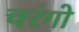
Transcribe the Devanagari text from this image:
चरंगो